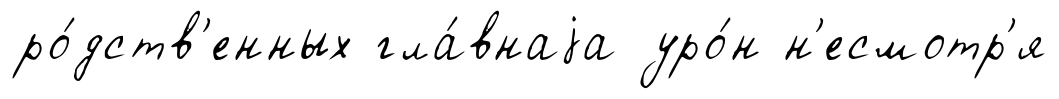
ро́дств'енных гла́внаjа уро́н н'есмотр'я